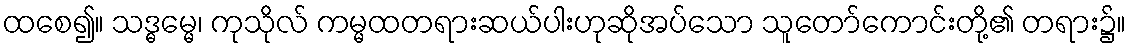
ထစေ၍။ သဒ္ဓမ္မေ၊ ကုသိုလ် ကမ္မထတရားဆယ်ပါးဟုဆိုအပ်သော သူတော်ကောင်းတို့၏ တရား၌။